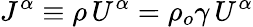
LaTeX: J^{\alpha}\equiv\rho\, U^{\alpha}=\rho_{o}\gamma\, U^{\alpha}